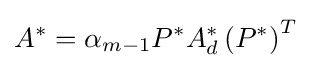
A^{*}=\alpha _{m-1}P^{*}A_{d}^{*}\left(P^{*}\right)^{T}